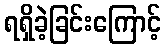
ရရှိခဲ့ခြင်းကြောင့်